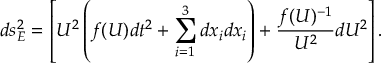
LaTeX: d s _ { E } ^ { 2 } = \left[ U ^ { 2 } \left( f ( U ) d t ^ { 2 } + \sum _ { i = 1 } ^ { 3 } d x _ { i } d x _ { i } \right) + \frac { f ( U ) ^ { - 1 } } { U ^ { 2 } } d U ^ { 2 } \right] .